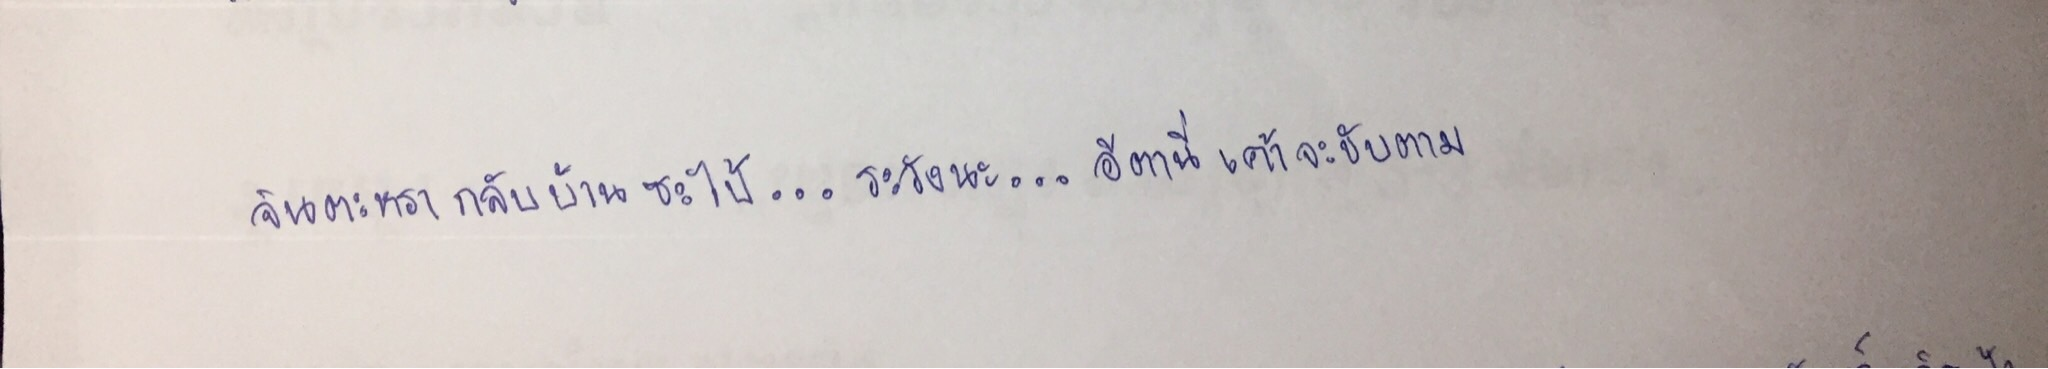
จินตะหรากลับบ้านซะไป๊...ระวังนะ...อีตานี่เค้าจะขับตาม